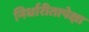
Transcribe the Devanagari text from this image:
निर्धारीतापेक्षा